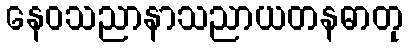
နေဝသညာနာသညာယတနဓာတု